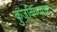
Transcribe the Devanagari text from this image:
कुजविण्याचा